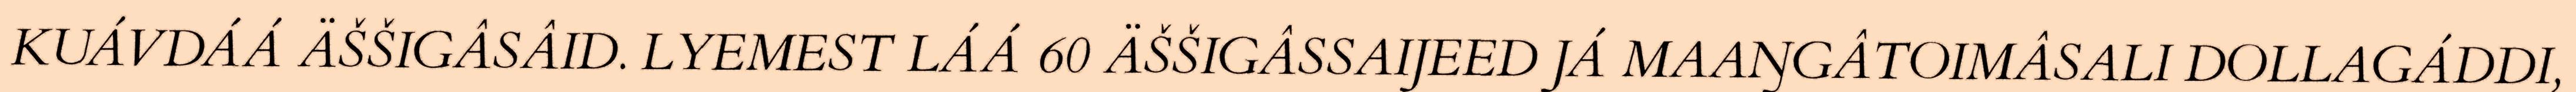
KUÁVDÁÁ ÄŠŠIGÂSÂID. LYEMEST LÁÁ 60 ÄŠŠIGÂSSAIJEED JÁ MAAŊGÂTOIMÂSALI DOLLAGÁDDI,